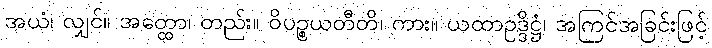
အယံ၊ လျှင်။ အတ္ထော၊ တည်း။ ဝိပဉ္စယတီတိ၊ ကား။ ယထာဥဒ္ဒိဋ္ဌံ၊ အကြင်အခြင်းဖြင့်